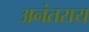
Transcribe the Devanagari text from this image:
अनंतराय